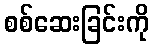
စစ်ဆေးခြင်းကို